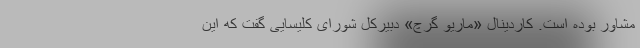
مشاور بوده است. کاردینال «ماریو گرچ» دبیرکل شورای کلیسایی گفت که این